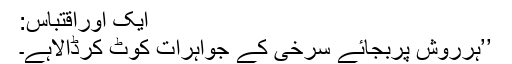
ایک اوراقتباس:
’’ہرروش پربجائے سرخی کے جواہرات کوٹ کرڈالاہے۔